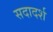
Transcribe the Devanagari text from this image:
सदादर्श